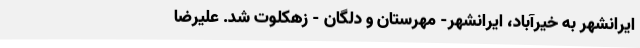
ایرانشهر به خیرآباد، ایرانشهر- مهرستان و دلگان - زهکلوت شد. علیرضا